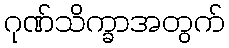
ဂုဏ်သိက္ခာအတွက်